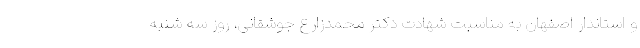
و استاندار اصفهان به مناسبت شهادت دکتر محمدزارع جوشقانی، روز سه شنبه